Vaccination in the Punjab 1883-1896 - 1883-1896
Year: 1883
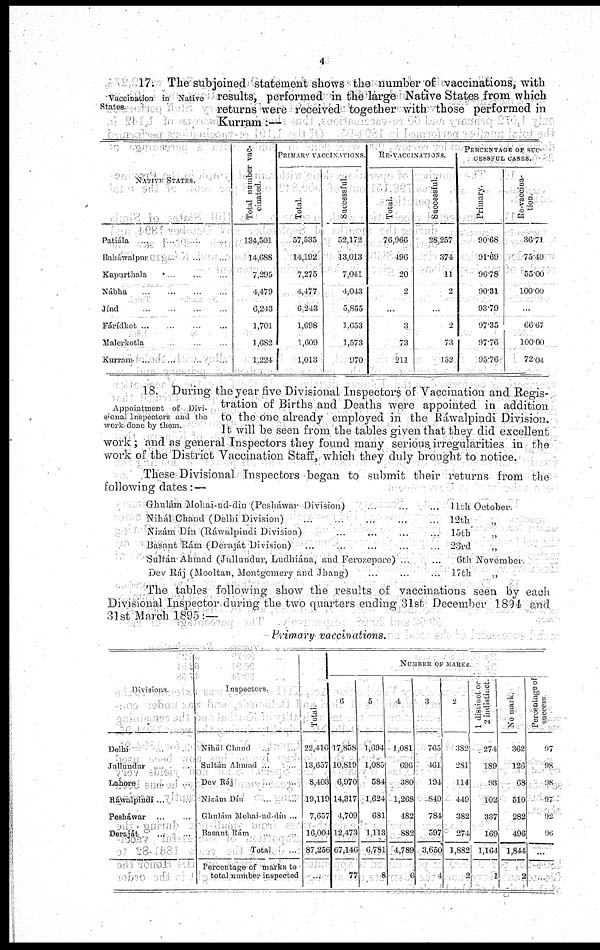
4
Vaccination in Native
States.
17; The subjoined statement shows the number of vaccinations, with
results, performed in the large Native States from which
returns were received together with those performed in
Kurram:—
NATIVE STATES.
Patiála
...
...
...
Baháwalpur ... ... ...
Kapurthala ... ... ...
Nábha ... ... ...
Jínd ... ... ...
Fárídkot
...
...
...
...
Malcrkotla ... ... ...
Kurram ... ... ... ...
Total number vac-
cinated.
134,501
14,688
7,295
4,479
6,243
1,701
1,682
1,224
PRIMARY VACCINATIONS.
Total.
57,535
14,192
7,275
4,477
6,243
1,698
1,609
1,013
Successful.
52,172
13,013
7,041
1,043
5,855
1,653
1,573
970
RE-VACCINATIONS.
Total.
76,966
496
20
2
...
3
73
211
Successful.
28,257
374
11
2
...
2
73
152
PERCENTAGE OF SUC-
------- CASES.
Primary.
90.68
01.69
96.78
90.31
93.79
97.35
97.76
95.76
Re-vaccina-
tion.
36.71
75.40
55.00
100.00
...
66.67
100.00
72.04
Appointment of Divi-
sional Inspectors and the
work done by them.
18. During the year five Divisional Inspectors of Vaccination and Regis-
tration of Births and Deaths were appointed in addition
to the one already employed in the Ráwalpindi Division.
It will be seen from the tables given that they did excellent
work; and as general Inspectors they found many serious irregularities in the
work of the District Vaccination Staff, which they duly brought to notice.
These Divisional Inspectors began to submit their returns from the
following dates:—
Ghulám Mohai-ud-dín (Pesláwar Division) ... ... ...
Nihál Chand (Delhi Division) ... ... ... ...
Nizám Dín (Ráwalpindi Division)... ... ... ...
Basant Rám (Deraját Division) ... ... ... ...
Sultán Ahmad (Jullundur, Ludhiána, and Ferozepore) ... ...
Dev Ráj (Mooltan, Montgomery and Jhang) ... ... ...
11th October.
12th „
15th „
23rd „ „
6th November.
17th „
The tables following show the results of vaccinations seen by each
Divisional Inspector during the two quarters ending 31st December 1894 and
31st March 1895:—
Primary vaccinations.
Divisions.
Delhi ... ...
Jullundur ... ...
Lahore ... ...
Ráwalpindi ... ...
Pesháwar ... ...
Deraját
...
...
Inspectors
Nihál Chand ... ...
Sultán Ahmad ... ...
Dev Ráj ... ...
Nizám Dín ... ...
Ghulám Mohai-ud-dín ...
Basant Rám ... ...
Total ...
Percentage of marks to
total number inspected
Total
22,416
13,637
8,403
19,119
7,657
16,004
87,256
...
NUMBER OF MRAKS
6
17,858
10,819
6,970
14,317
4,709
12,473
67,146
77
5
1,694
1,085
584
1,624
681
1,113
6,781
8
4
1,081
696
380
1,268
482
882
4,789
6
3
765
461
194
849
784
597
3,650
4
2
382
281
114
449
382
274
1,882
2
1 distinct or
2 indistinct.
274.
189
93
102
337
169
1,164
1
No mark
362
126
68
510
282
496
1,844
2
Percentage of
success.
97
98
98
97
92
96
...